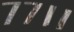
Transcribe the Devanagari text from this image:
७७।।